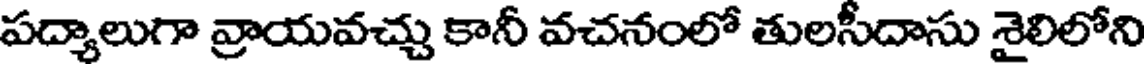
పద్యాలుగా వ్రాయవచ్చు కానీ వచనంలో తులసీదాసు శైలిలోని